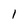
Character: 1